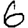
Digit: 6